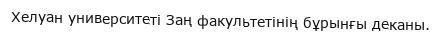
Хелуан университеті Заң факультетінің бұрынғы деканы.